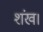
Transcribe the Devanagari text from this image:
शंख।